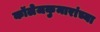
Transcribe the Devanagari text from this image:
कॉलेजकुमारांच्या